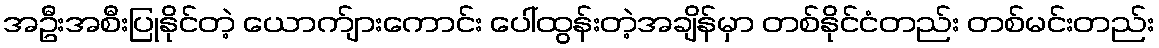
အဦးအစီးပြုနိုင်တဲ့ ယောက်ျားကောင်း ပေါ်ထွန်းတဲ့အချိန်မှာ တစ်နိုင်ငံတည်း တစ်မင်းတည်း